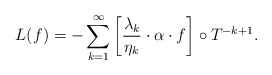
\begin{align*}L(f)=-\sum_{k=1}\sp \infty\left[\frac{\lambda_k}{\eta_k}\cdot\alpha\cdot f\right]\circ T\sp{-k+1}.\end{align*}